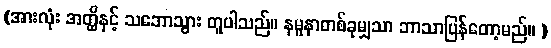
(အားလုံး အတ္ထိနှင့် သဘောသွား တူပါသည်။ နမူနာတစ်ခုမျှသာ ဘာသာပြန်တော့မည်။ )